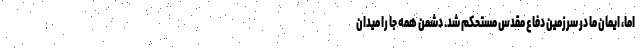
اما، ایمان ما در سرزمین دفاع مقدس مستحکم شد. دشمن همه جا را میدان